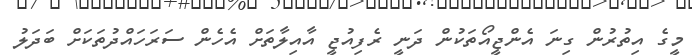
މީގެ އިތުރުން ގިނަ އެންޖީއޯތަކުން ދަނީ ރެފިއުޖީ އާއިލާތަށް އެހެން ސަރަހައްދުތަކަށް ބަދަލު